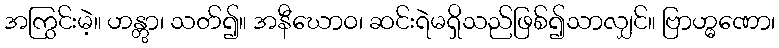
အကြွင်းမဲ့။ ဟန္တွာ၊ သတ်၍။ အနီဃောဝ၊ ဆင်းရဲမရှိသည်ဖြစ်၍သာလျှင်။ ဗြာဟ္မဏော၊